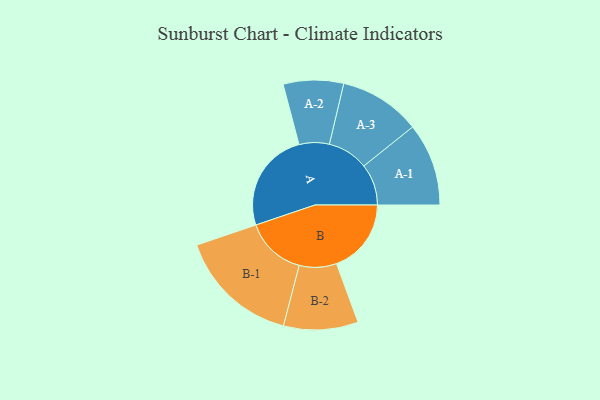
{"axis": {"x": "Segment", "y": "Value"}, "legend": ["", "A", "B"], "data": [{"x": "A", "y": 464, "type": ""}, {"x": "B", "y": 345, "type": ""}, {"x": "A-1", "y": 191, "type": "A"}, {"x": "A-2", "y": 139, "type": "A"}, {"x": "A-3", "y": 188, "type": "A"}, {"x": "B-1", "y": 280, "type": "B"}, {"x": "B-2", "y": 172, "type": "B"}]}